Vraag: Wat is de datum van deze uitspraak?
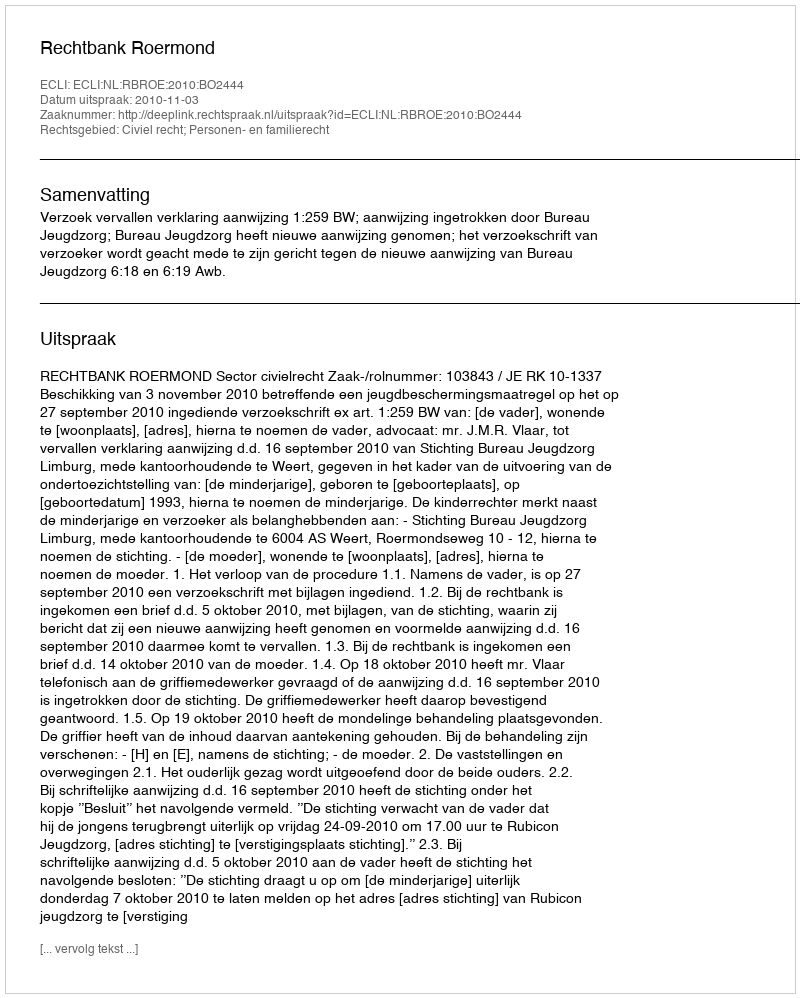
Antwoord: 2010-11-03